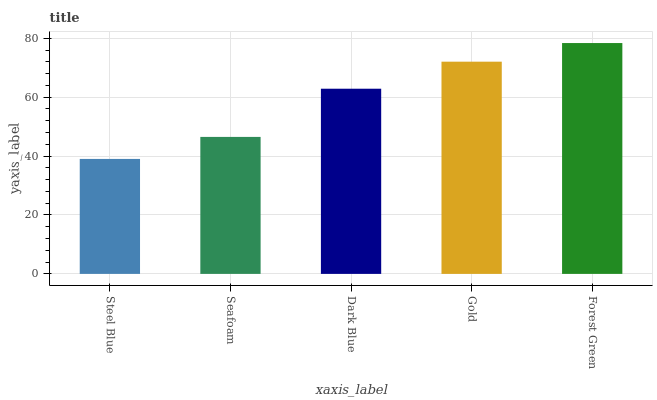
| xaxis_label | bars |
 | --- | --- |
 | Steel Blue | 39 |
 | Seafoam | 46.5 |
 | Dark Blue | 62.9 |
 | Gold | 72.1 |
 | Forest Green | 78.4 |